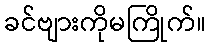
ခင်ဗျားကိုမကြိုက်။